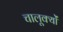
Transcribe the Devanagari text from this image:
चालूक्यों